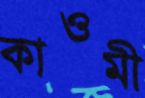
কাওমী